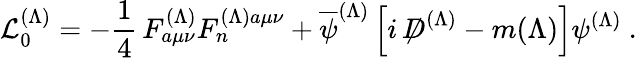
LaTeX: {\cal L}_{0}^{(\Lambda)}=-{\frac{1}{4}}\, F_{a\mu\nu}^{(\Lambda)}F_{n}^{(\Lambda)a\mu\nu}+\overline{{\psi}}^{(\Lambda)}\left[i\, \not D^{(\Lambda)}-m(\Lambda)\right]\psi^{(\Lambda)}\ .